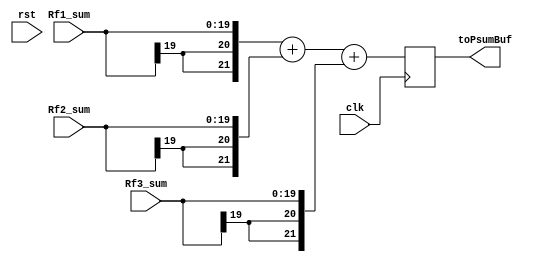
module Adder(clk, rst, Rf1_sum, Rf2_sum, Rf3_sum, toPsumBuf);

input clk, rst;
input [19:0] Rf1_sum, Rf2_sum, Rf3_sum;
output reg [21:0] toPsumBuf;

always@(posedge clk)begin
	toPsumBuf <= {{2{Rf1_sum[19]}}, Rf1_sum} + {{2{Rf2_sum[19]}}, Rf2_sum} + {{2{Rf3_sum[19]}}, Rf3_sum};
end

endmodule